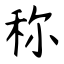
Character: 称